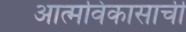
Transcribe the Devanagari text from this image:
आत्मविकासाची